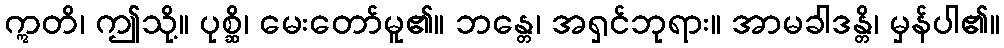
ဣတိ၊ ဤသို့။ ပုစ္ဆိ၊ မေးတော်မူ၏။ ဘန္တေ၊ အရှင်ဘုရား။ အာမခါဒန္တိ၊ မှန်ပါ၏။